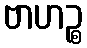
ဗာဟဉ္စ